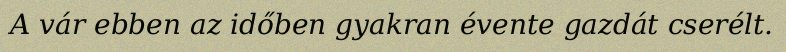
A vár ebben az időben gyakran évente gazdát cserélt.